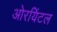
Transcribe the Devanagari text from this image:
ओरयिंटल